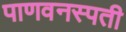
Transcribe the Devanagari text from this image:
पाणवनस्पती